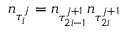
n _ { \tau _ { i } ^ { j } } = n _ { \tau _ { 2 i - 1 } ^ { j + 1 } } n _ { \tau _ { 2 i } ^ { j + 1 } }